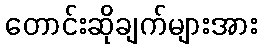
တောင်းဆိုချက်များအား